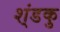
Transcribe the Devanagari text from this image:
श्ंडकु